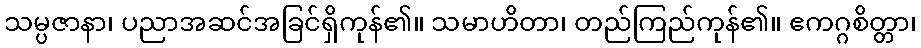
သမ္ပဇာနာ၊ ပညာအဆင်အခြင်ရှိကုန်၏။ သမာဟိတာ၊ တည်ကြည်ကုန်၏။ ဧကဂ္ဂစိတ္တာ၊